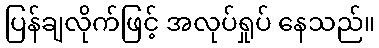
ပြန်ချလိုက်ဖြင့် အလုပ်ရှုပ် နေသည်။